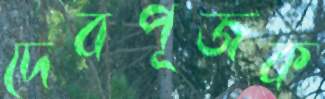
দেবপূজক